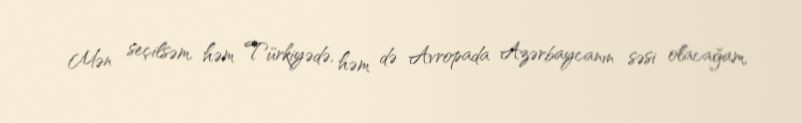
Mən seçilsəm, həm Türkiyədə, həm də Avropada Azərbaycanın səsi olacağam,